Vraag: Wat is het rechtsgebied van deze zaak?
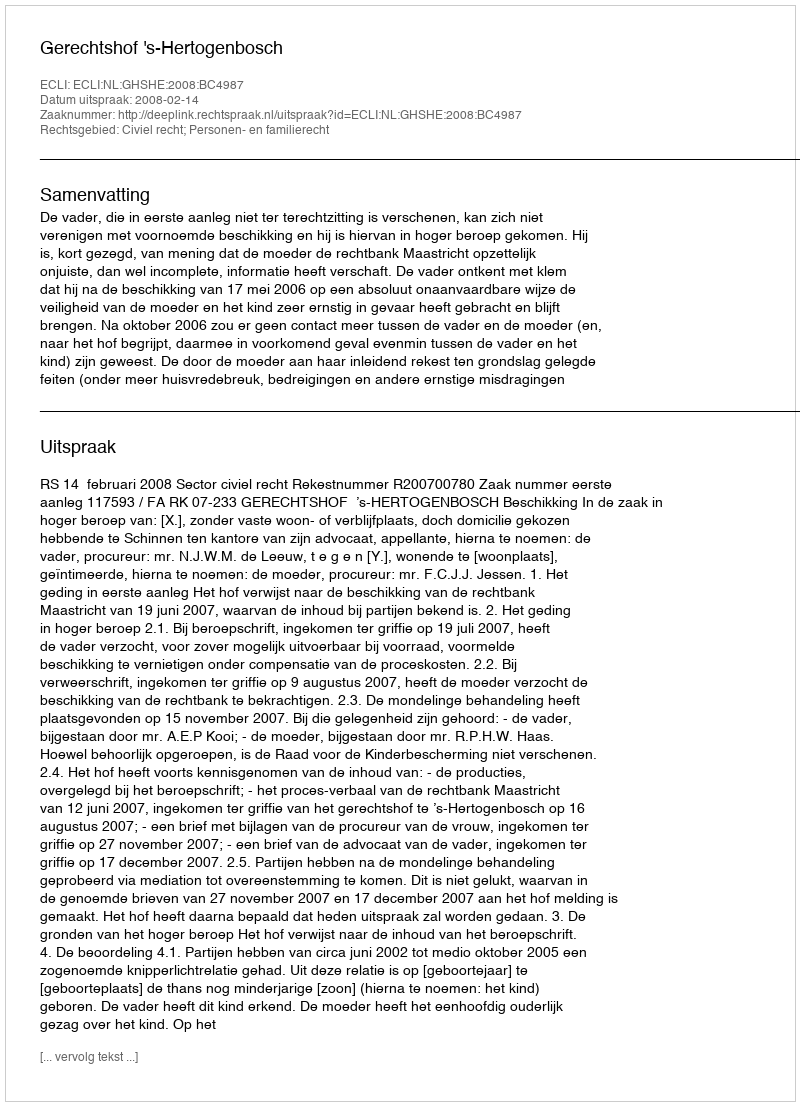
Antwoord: Civiel recht; Personen- en familierecht